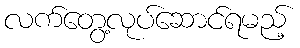
လက်တွေ့လုပ်ဆောင်ရမည့်